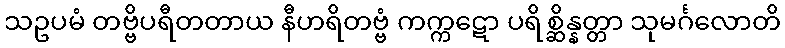
သဥပမံ တဗ္ဗိပရီတတာယ နီဟရိတဗ္ဗံ ကက္ကဋော ပရိစ္ဆိန္နတ္တာ သုမင်္ဂလောတိ